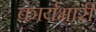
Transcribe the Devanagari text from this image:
कार्यभारी